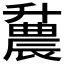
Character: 𫧪